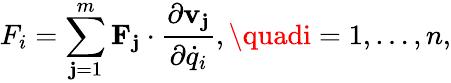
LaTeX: F_{i}=\sum_{\mathbf{j}=1}^{m}\mathbf{{F}}_{\mathbf{j}}\cdot{\frac{{\partial\mathbf{{v}}_{\mathbf{j}}}}{{\partial{\dot{{q}}}_{i}}}},\quadi=1,\ldots,n,